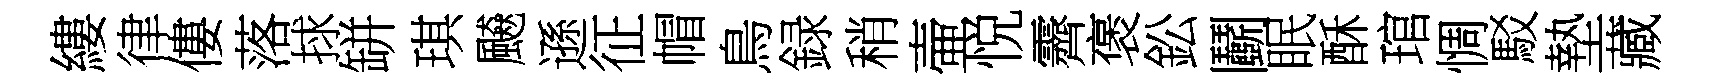
縷律僂落捄缾琪飇遜征帽鳥録稍壷悦霽褒鈆鬬眠酥琯惆駁墊藏